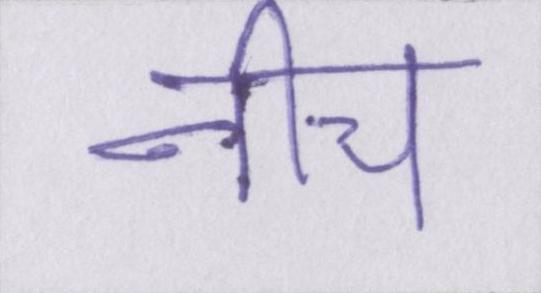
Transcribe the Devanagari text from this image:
नीच